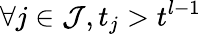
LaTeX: \forall j\in\mathcal{J},t_{j}>t^{l-1}